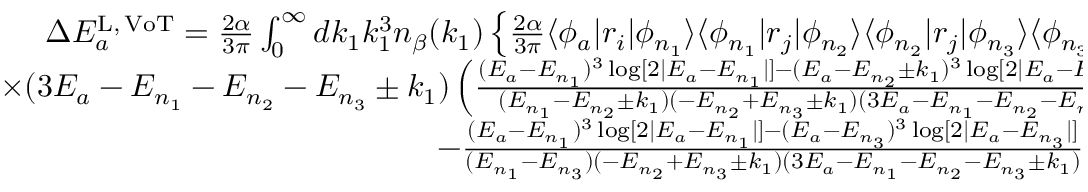
\begin{array} { r } { \Delta E _ { a } ^ { \mathrm { L , \, V o T } } = \frac { 2 \alpha } { 3 \pi } \int _ { 0 } ^ { \infty } d k _ { 1 } k _ { 1 } ^ { 3 } n _ { \beta } ( k _ { 1 } ) \left\lbrace \frac { 2 \alpha } { 3 \pi } \langle \phi _ { a } | r _ { i } | \phi _ { n _ { 1 } } \rangle \langle \phi _ { n _ { 1 } } | r _ { j } | \phi _ { n _ { 2 } } \rangle \langle \phi _ { n _ { 2 } } | r _ { j } | \phi _ { n _ { 3 } } \rangle \langle \phi _ { n _ { 3 } } | r _ { i } | \phi _ { a } \rangle \right. } \\ { \times ( 3 E _ { a } - E _ { n _ { 1 } } - E _ { n _ { 2 } } - E _ { n _ { 3 } } \pm k _ { 1 } ) \left( \frac { ( E _ { a } - E _ { n _ { 1 } } ) ^ { 3 } \log [ 2 | E _ { a } - E _ { n _ { 1 } } | ] - ( E _ { a } - E _ { n _ { 2 } } \pm k _ { 1 } ) ^ { 3 } \log [ 2 | E _ { a } - E _ { n _ { 2 } } \pm k _ { 1 } | ] } { ( E _ { n _ { 1 } } - E _ { n _ { 2 } } \pm k _ { 1 } ) ( - E _ { n _ { 2 } } + E _ { n _ { 3 } } \pm k _ { 1 } ) ( 3 E _ { a } - E _ { n _ { 1 } } - E _ { n _ { 2 } } - E _ { n _ { 3 } } \pm k _ { 1 } ) } \right. } \\ { \left. \left. - \frac { ( E _ { a } - E _ { n _ { 1 } } ) ^ { 3 } \log [ 2 | E _ { a } - E _ { n _ { 1 } } | ] - ( E _ { a } - E _ { n _ { 3 } } ) ^ { 3 } \log [ 2 | E _ { a } - E _ { n _ { 3 } } | ] } { ( E _ { n _ { 1 } } - E _ { n _ { 3 } } ) ( - E _ { n _ { 2 } } + E _ { n _ { 3 } } \pm k _ { 1 } ) ( 3 E _ { a } - E _ { n _ { 1 } } - E _ { n _ { 2 } } - E _ { n _ { 3 } } \pm k _ { 1 } ) } + \frac { 5 } { 6 } \right) \right\rbrace } \end{array}